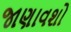
જાણાવશો